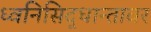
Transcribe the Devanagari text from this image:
ध्वनिसिद्धान्तावर